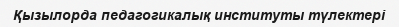
Қызылорда педагогикалық институты түлектері